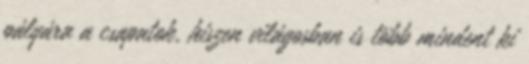
pályára a csapatok, hiszen világosban is több mindent ki